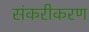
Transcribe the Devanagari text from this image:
संकरीकरण